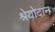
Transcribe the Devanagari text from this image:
श्रेयोदान